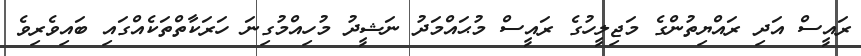
ރައީސް އަދި ރައްޔިތުންގެ މަޖިލީހުގެ ރައީސް މުޙައްމަދު ނަޝީދު މުހިއްމުގިނަ ހަރަކާތްތަކެއްގައި ބައިވެރިވެ